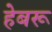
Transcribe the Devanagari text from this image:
हेबरू